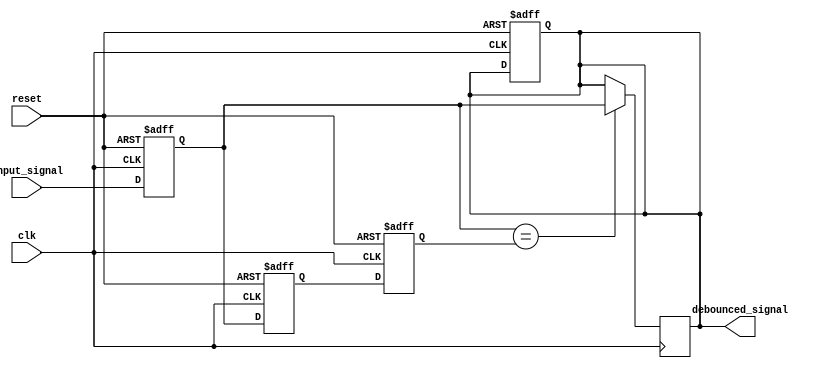
module debounce (
    input wire clk,
    input wire reset,
    input wire input_signal,
    output reg debounced_signal
);

reg current_state;
reg previous_state;
reg delayed_state;

always @(posedge clk or posedge reset) begin
    if (reset) begin
        current_state <= 1'b0;
        previous_state <= 1'b0;
        delayed_state <= 1'b0;
        debounced_signal <= 1'b0;
    end else begin
        current_state <= input_signal;
        previous_state <= current_state;
        delayed_state <= previous_state;
    end
end

always @(posedge clk) begin
    if (current_state == delayed_state) begin
        debounced_signal <= current_state;
    end
end

endmodule